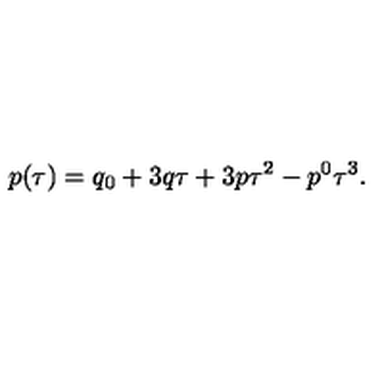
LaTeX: p ( \tau ) = q _ { 0 } + 3 q \tau + 3 p \tau ^ { 2 } - p ^ { 0 } \tau ^ { 3 } .